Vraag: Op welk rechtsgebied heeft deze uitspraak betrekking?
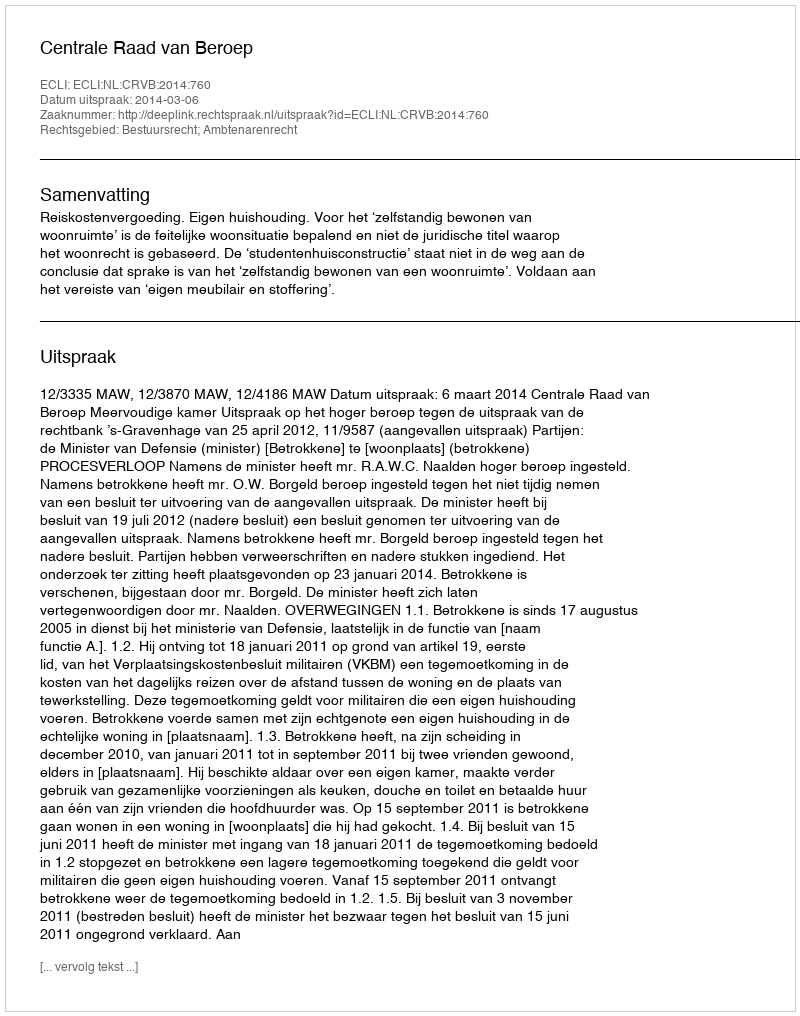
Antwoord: Bestuursrecht; Ambtenarenrecht